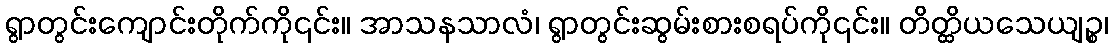
ရွာတွင်းကျောင်းတိုက်ကို၎င်း။ အာသနသာလံ၊ ရွာတွင်းဆွမ်းစားစရပ်ကို၎င်း။ တိတ္ထိယသေယျဉ္စ၊